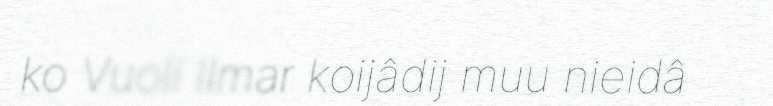
ko Vuoli Ilmar koijâdij muu nieidâ